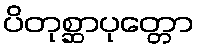
ပိတုစ္ဆာပုတ္တော